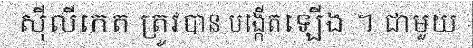
ស៊ីលីកេត ត្រូវបាន បង្កើតឡើង ។ ជាមួយ